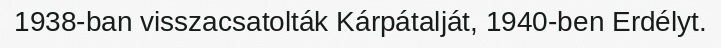
1938-ban visszacsatolták Kárpátalját, 1940-ben Erdélyt.